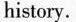
history.